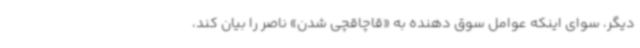
دیگر، سوای اینکه عوامل سوق دهنده به «قاچاقچی شدن» ناصر را بیان کند،